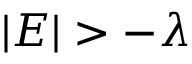
| E | > - \lambda